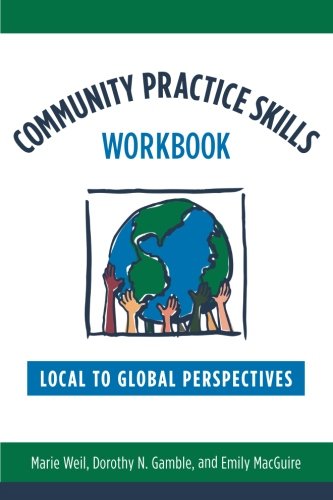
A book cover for Community Practice Skills Workbook: Local to Global Perspectives; Marie Weil; Business & Money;